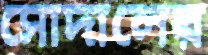
সোদালের